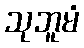
သုဘူမံ